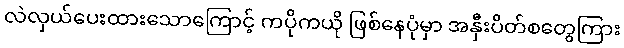
လဲလှယ်ပေးထားသောကြောင့် ကပိုကယို ဖြစ်နေပုံမှာ အနှီးပိတ်စတွေကြား